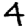
Digit: 4